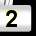
Digit: 2